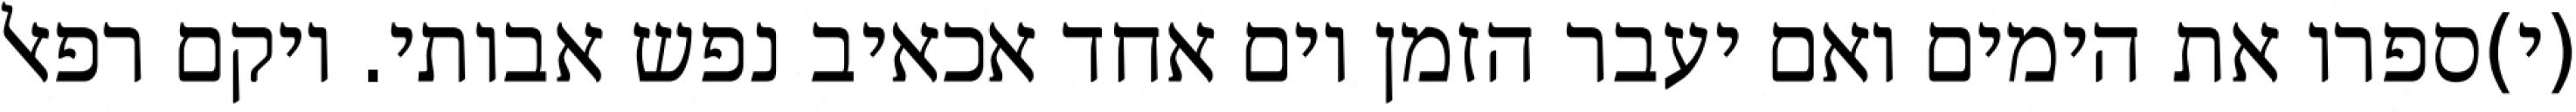
(י)ספרו את הימים ואם יעבר הזמן יום אחד אכאיב נפש אבותי. ויקם רפאל